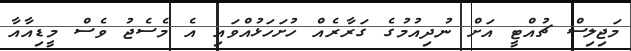
މަޖިލިސް ޗުއްޓީ އަށް ނުދިއުމުގެ ގަރާރެއް ހުށަހަޅުއްވައި އެ މެސެޖު ވެސް މީޑިއާއާ